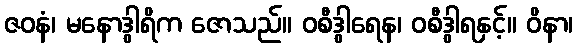
ဇဝနံ၊ မနောဒွါရိက ဇောသည်။ ဝစီဒွါရေန၊ ဝစီဒွါရနှင့်။ ဝိနာ၊